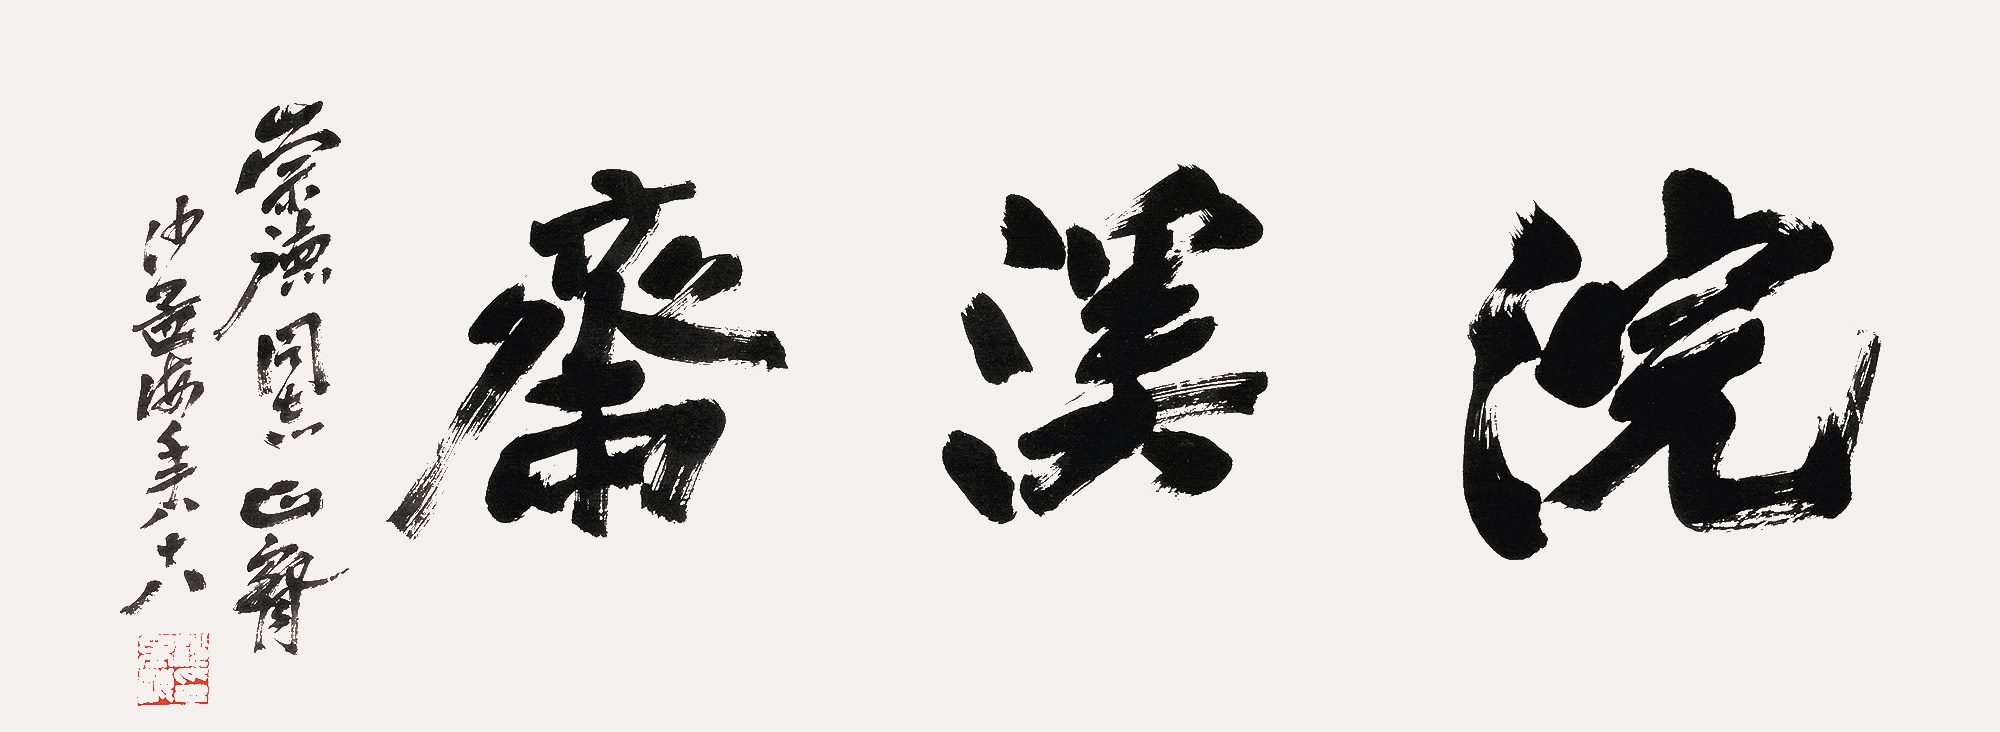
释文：浣溪斋崇德同志正腕，沙孟海年八十八。